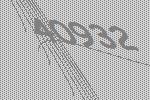
40932